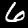
Label: 6